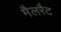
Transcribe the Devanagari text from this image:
मैलरैट